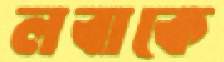
লবাকে